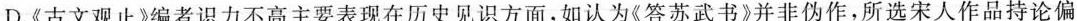
D.《古文观止》编者识力不高主要表现在历史见识方面，如认为《答苏武书》并非伪作，所选宋人作品持论偏